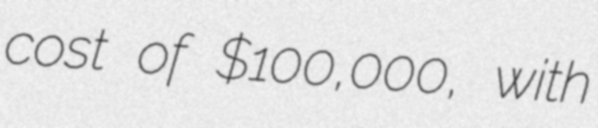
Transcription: cost of $100,000, with